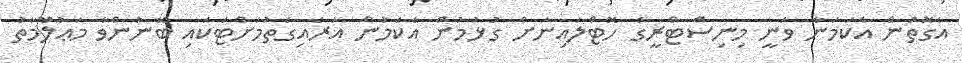
އެގޮތުން އެކަމަނާ ވަނީ މިނިސްޓްރީގެ ހޮޓްލައިނަށް ގުޅުމުން އެކަމުން އަރައިގަތުމަށްޓަކައި ބޭނުންވާ މަޢުލޫމާތު